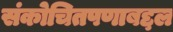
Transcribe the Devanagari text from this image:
संकोचितपणाबद्दल